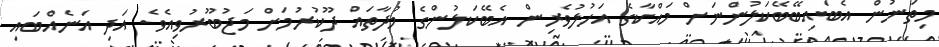
މިތަނުން އެބައިބޭބޭކަލުންނަށް މައްކާގެ އަހުލުވެރިން އެބޭކަލުންގެ މުދާތައް ދޫކުރުމަށް މަޖުބޫރުވިއެވެ. އަދި އަނެއްބައި